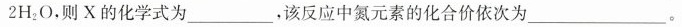
2 H_{2} O$$，则X的化学式为___，该反应中氮元素的化合价依次为___。